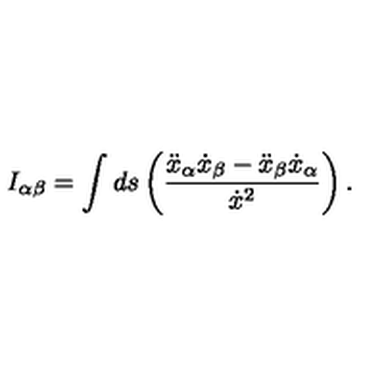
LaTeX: I _ { \alpha \beta } = \int d s \left( \frac { \ddot { x } _ { \alpha } \dot { x } _ { \beta } - \ddot { x } _ { \beta } \dot { x } _ { \alpha } } { \dot { x } ^ { 2 } } \right) .